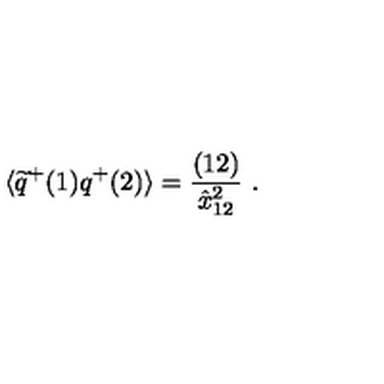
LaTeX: \langle \widetilde q ^ { + } ( 1 ) q ^ { + } ( 2 ) \rangle = { \frac { ( 1 2 ) } { \hat { x } _ { 1 2 } ^ { 2 } } } \ .